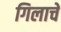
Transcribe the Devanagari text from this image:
गिलाचे